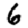
Digit: 6